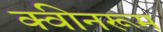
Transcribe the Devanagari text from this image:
क्वीनरूम